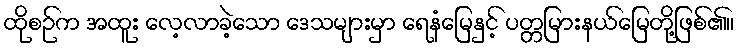
ထိုစဉ်က အထူး လေ့လာခဲ့သော ဒေသများမှာ ရေနံမြေနှင့် ပတ္တမြားနယ်မြေတို့ဖြစ်၏။